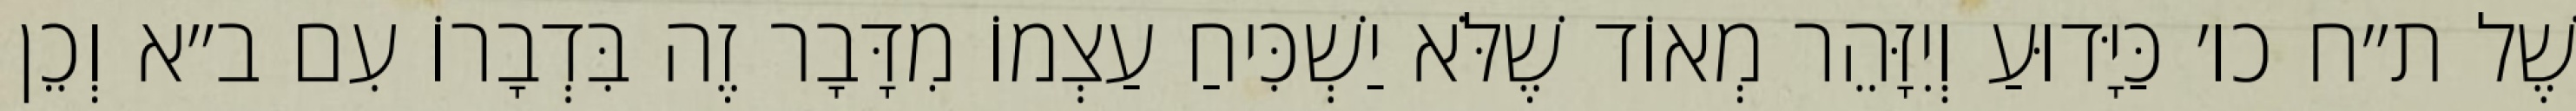
שֶׁל ת״ח כו׳ כַּיָּדוּעַ וְיִזָּהֵר מְאוֹד שֶׁלֹּא יַשְׁכִּיחַ עַצְמוֹ מִדָּבָר זֶה בִּדְבָרוֹ עִם ב״א וְכֵן